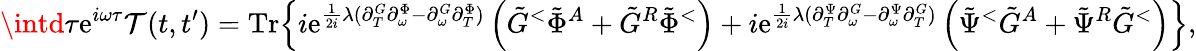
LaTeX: \intd\tau\mathrm{e}^{i\omega\tau}\mathcal{{T}}(t,t^{\prime})=\mathrm{{Tr}}\Big\{ i\mathrm{e}^{\frac{{1}}{{2i}}\lambda(\partial_{T}^{G}\partial_{\omega}^{\Phi}-\partial_{\omega}^{G}\partial_{T}^{\Phi})}\left(\tilde{{G}}^{<}\tilde{{\Phi}}^{A}+\tilde{{G}}^{R}\tilde{{\Phi}}^{<}\right)+i\mathrm{e}^{\frac{{1}}{{2i}}\lambda(\partial_{T}^{\Psi}\partial_{\omega}^{G}-\partial_{\omega}^{\Psi}\partial_{T}^{G})}\left(\tilde{{\Psi}}^{<}\tilde{{G}}^{A}+\tilde{{\Psi}}^{R}\tilde{{G}}^{<}\right)\Big\} ,